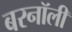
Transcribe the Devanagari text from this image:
बरनॉली